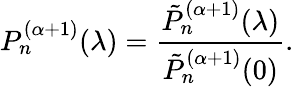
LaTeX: P_{n}^{(\alpha+1)}(\lambda)=\frac{\tilde{P}_{n}^{(\alpha+1)}(\lambda)}{\tilde{P}_{n}^{(\alpha+1)}(0)}.